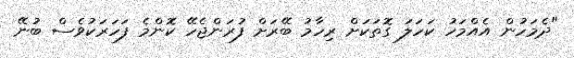
"ދެމަހުން އެއްމަހު ކަހަލަ ގޮތަކަށް ރިހާމު ބޭރަށް ފުރަންޖެހޭ ކޮންމެ ފަހަރަކުވެސް ބުނޭ